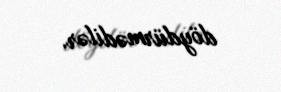
döydürmədilər.